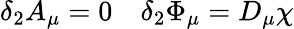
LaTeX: \delta_{2}A_{\mu}=0\quad\delta_{2}\Phi_{\mu}=D_{\mu}\chi